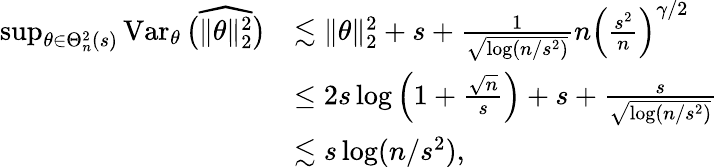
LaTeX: \begin{array}{rl}{\operatorname*{sup}_{\theta\in\Theta_{n}^{2}(s)}\operatorname{Var}_{\theta}\big(\widehat{\| \theta\| _{2}^{2}}\big)}&{\lesssim\| \theta\| _{2}^{2}+s+\frac{1}{\sqrt{\log(n/s^{2})}}n\Big(\frac{s^{2}}{n}\Big)^{\gamma/2}}\\ &{\leq 2s\log\Big(1+\frac{\sqrt{n}}s\Big)+s+\frac{s}{\sqrt{\log(n/s^{2})}}}\\ &{\lesssim s\log(n/s^{2}),}\end{array}